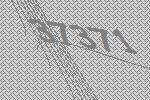
37371